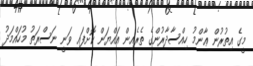
މީގެ އިތުރުން ޢާންމު ހިއްސާދާރުންގެ ތެރެއިން އައްޔަން ކޮށްފައި ވަނީ ނަސްރަތު މުހައްމަދު